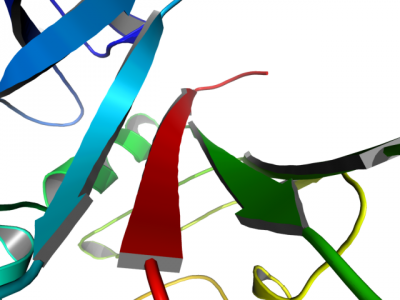
pymol, perspective, field_of_view